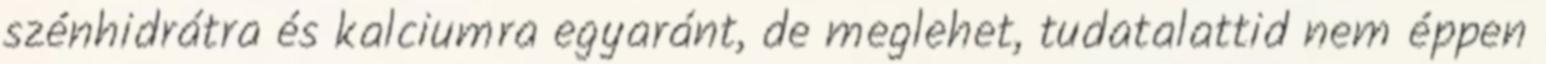
szénhidrátra és kalciumra egyaránt, de meglehet, tudatalattid nem éppen